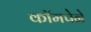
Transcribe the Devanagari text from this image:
कॉमपेने